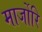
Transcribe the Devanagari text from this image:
मार्जोरि